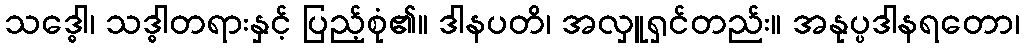
သဒ္ဓေါ၊ သဒ္ဓါတရားနှင့် ပြည့်စုံ၏။ ဒါနပတိ၊ အလှူရှင်တည်း။ အနုပ္ပဒါနရတော၊